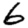
Digit: 6